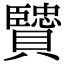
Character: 贒